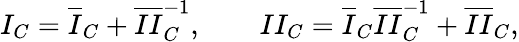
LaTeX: \begin{array}{r}{I_{C}=\overline{{I}}_{C}+\overline{{II}}_{C}^{-1},\qquad II_{C}=\overline{{I}}_{C}\overline{{II}}_{C}^{-1}+\overline{{II}}_{C},}\end{array}